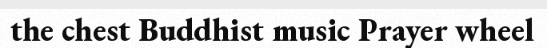
the chest Buddhist music Prayer wheel